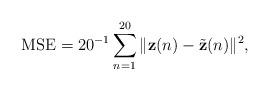
LaTeX: \begin{align*}{\rm MSE} = 20^{-1}\sum_{n=1}^{20} \|\mathbf{z}(n)- \tilde{\mathbf{z}}(n)\|^2,\end{align*}